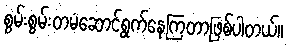
စွမ်းစွမ်းတမံဆောင်ရွက်နေကြတာဖြစ်ပါတယ်။